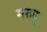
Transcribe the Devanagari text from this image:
मरुद्